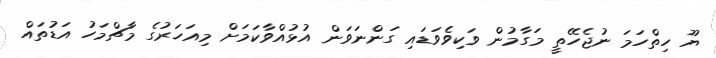
ޔޫ ހިތްހަމަ ނުޖެހޭތީ މަގާމުން ވަކިވެވަޑައި ގަންނަވަން އުޅުއްވާކަމަށް މިއަހަރުގެ މާޗްމަހު އަޑުތައް